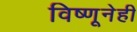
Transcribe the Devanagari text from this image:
विष्णूनेही